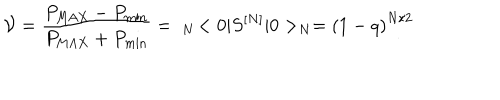
{ \cal V } = \frac { P _ { \mathrm { M A X } } - P _ { \mathrm { m i n } } } { P _ { \mathrm { M A X } } + P _ { \mathrm { m i n } } } = \; _ { N } \! < 0 \vert S ^ { [ N ] } \vert 0 > _ { N } = \left( 1 - q \right) ^ { N / 2 }